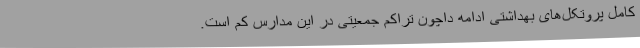
کامل پروتکل‌های بهداشتی ادامه داچون تراکم جمعیتی در این مدارس کم است.